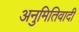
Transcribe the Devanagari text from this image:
अनुमितिवादी